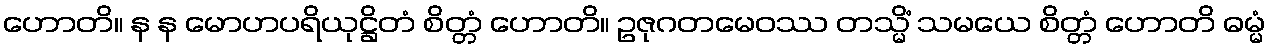
ဟောတိ။ န န မောဟပရိယုဋ္ဌိတံ စိတ္တံ ဟောတိ။ ဥဇုဂတမေဝဿ တသ္မိံ သမယေ စိတ္တံ ဟောတိ ဓမ္မံ